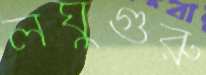
লঘুগুরু